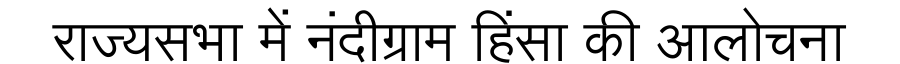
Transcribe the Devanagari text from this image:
राज्यसभा में नंदीग्राम हिंसा की आलोचना